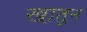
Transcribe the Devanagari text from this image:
खा़तून